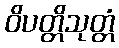
ဝိပတ္တိသုတ္တံ